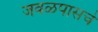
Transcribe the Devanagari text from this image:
जवळपासचे